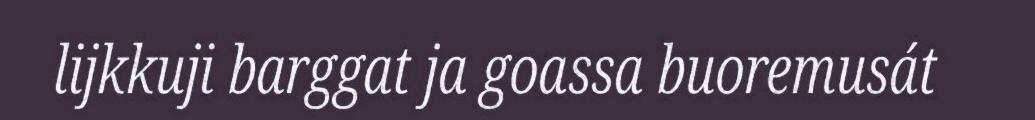
lijkkuji barggat ja goassa buoremusát